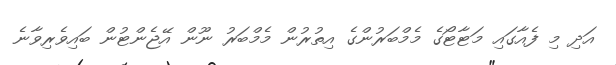
އަދި މި ފެއާގައި މަޓާޓޯގެ މެމްބަރުންގެ އިތުރުން މެމްބަރު ނޫން އޭޖެންޓުން ބައިވެރިވާނެ